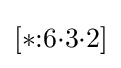
[*{:}6{\cdot }3{\cdot }2]